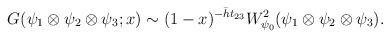
LaTeX: \begin{align*}G(\psi_{1}\otimes\psi_{2}\otimes\psi_{3};x)\sim (1-x)^{-\bar{h} t_{23}}W_{\psi_{0}}^{2}(\psi_{1}\otimes\psi_{2}\otimes\psi_{3}).\end{align*}